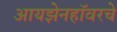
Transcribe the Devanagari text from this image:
आयझेनहॉवरचे